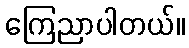
ကြေညာပါတယ်။